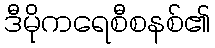
ဒီမိုကရေစီစနစ်၏